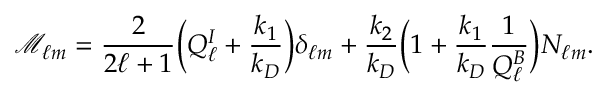
\mathcal { M } _ { \ell m } = \frac { 2 } { 2 \ell + 1 } \Big ( Q _ { \ell } ^ { I } + \frac { k _ { 1 } } { k _ { D } } \Big ) \delta _ { \ell m } + \frac { k _ { 2 } } { k _ { D } } \Big ( 1 + \frac { k _ { 1 } } { k _ { D } } \frac { 1 } { Q _ { \ell } ^ { B } } \Big ) N _ { \ell m } .